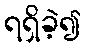
ရရှိခဲ့၍